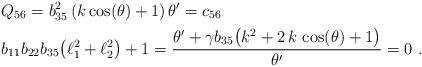
LaTeX: \begin{align*}& Q_{56}= b_{35}^{2} \left(k \cos \! \left(\theta \right)+1\right) \theta'=c_{56}\\& b_{11}b_{22}b_{35}\big(\ell_1^2+\ell_2^2\big)+1=\frac{\theta'+\gamma b_{35}\big(k^{2}+2\,k\, \cos \! \left(\theta \right) +1\big)}{\theta'}=0\ .\end{align*}